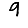
Digit: 9